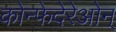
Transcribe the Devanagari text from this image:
कोन्फेदेरेओन्